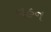
વહન